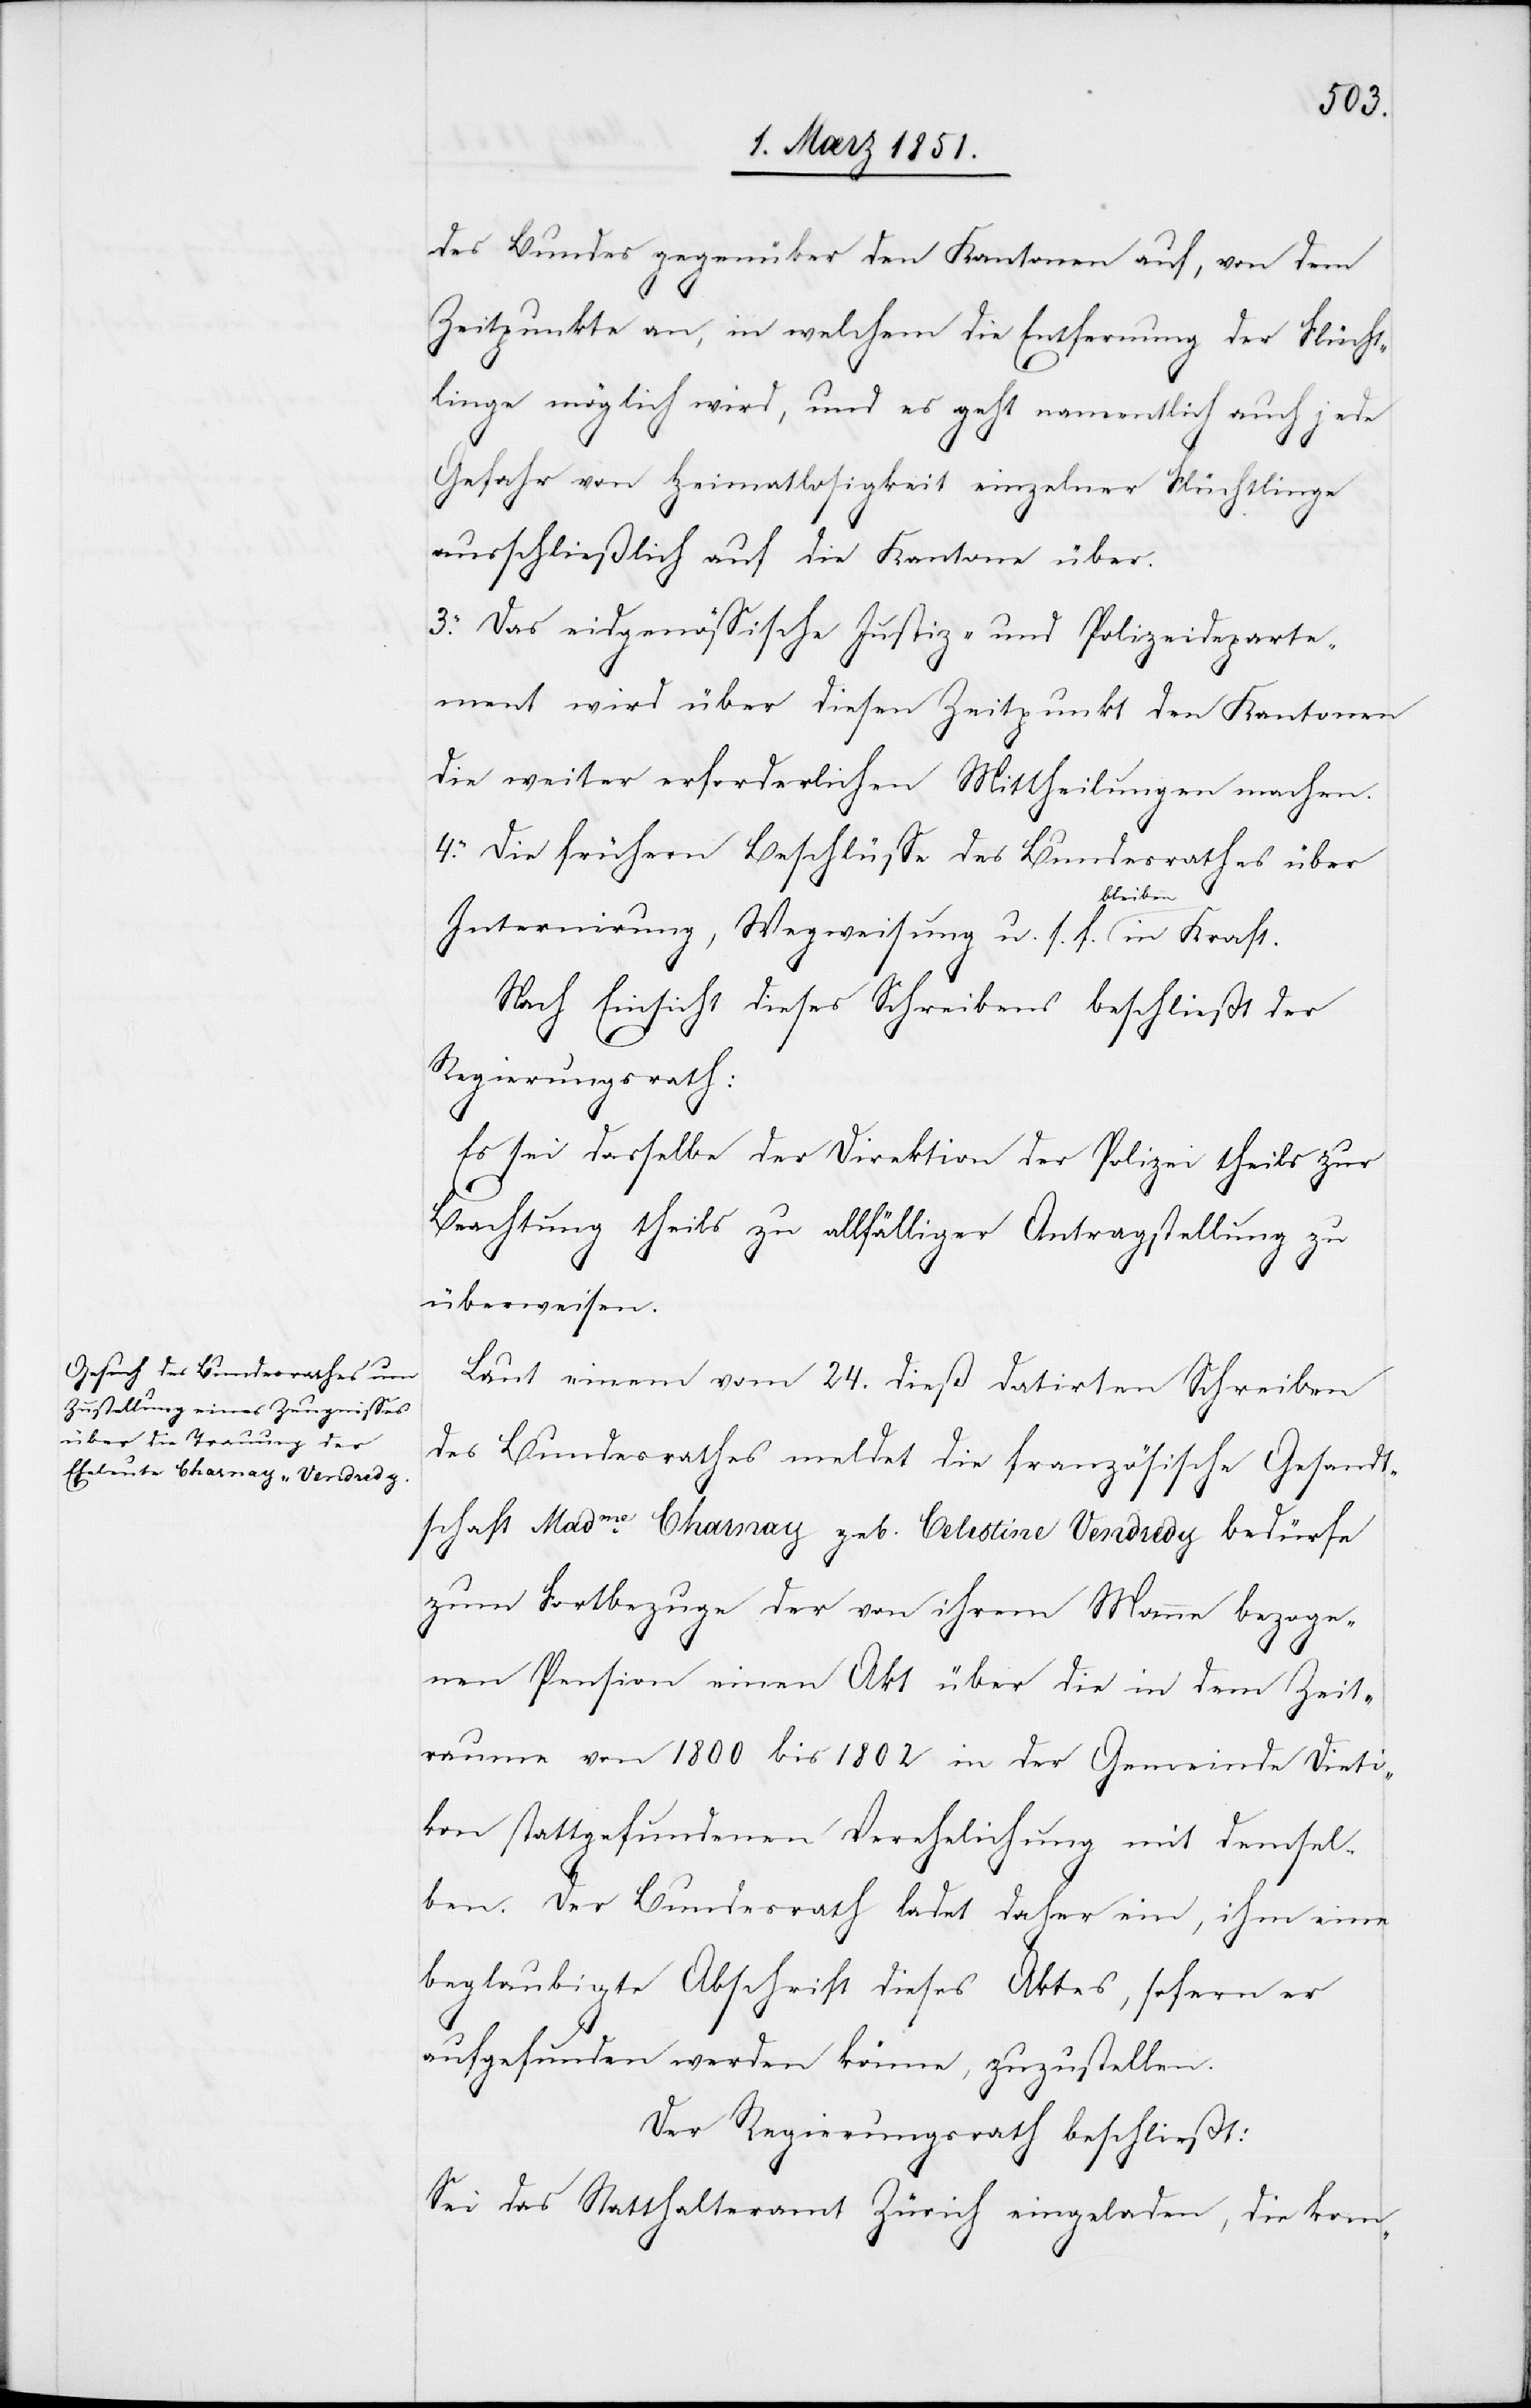
des Bundes gegenüber den Kantonen auf, von dem
Zeitpunkte an, in welchem die Entfernung der Flücht¬
linge möglich wird, und es geht namentlich auch jede
Gefahr von Heimatlosigkeit einzelner Flüchtlinge
ausschließlich auf die Kantone über.
3. Das eidgenössische Justiz- und Polizeideparte¬
ment wird über diesen Zeitpunkt den Kantonen
die weiter erforderlichen Mittheilungen machen.
4. Die frühern Beschlüsse des Bundesrathes über
Internirung, Wegweisung u. s. f. bleiben in Kraft.
Nach Einsicht dieses Schreibens beschließt der
Regierungsrath:
Es sei dasselbe der Direktion der Polizei theils zur
Beachtung theils zu allfälliger Antragstellung zu
überweisen.
Laut einem vom 24. dieß datirten Schreiben
des Bundesrathes meldet die französische Gesandt¬
schaft Madme. Charnay geb. Celestine Vendredy bedürfe
zum Fortbezuge der von ihrem Manne bezoge¬
nen Pension einen Akt über die in dem Zeit¬
raume von 1800 bis 1802 in der Gemeinde Dieti¬
kon stattgefundenen Verehelichung mit demsel¬
ben. Der Bundesrath ladet daher ein, ihm eine
beglaubigte Abschrift dieses Aktes, sofern er
aufgefunden werden könne, zuzustellen.
Der Regierungsrath beschließt:
Sei das Statthalteramt Zürich eingeladen, die kom-